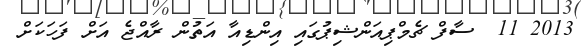
2013 11  ސާފް ޗެމްޕިއަންޝިޕުގައި އިންޑިއާ އަތުން ރާއްޖެ އަށް ފަހަކަށް